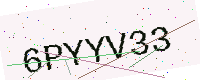
Text: 6PYYV33